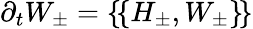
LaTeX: \partial_{t}W_{\pm}=\{ \! \{ H_{\pm},W_{\pm}\} \! \}